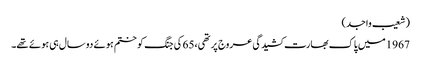
(شعیب واجد)
1967میں پاک بھارت کشیدگی عروج پر تھی،65 کی جنگ کو ختم ہوئے دو سال ہی ہوئے تھے۔